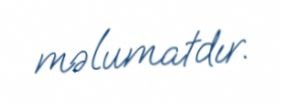
məlumatdır.